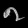
Digit: ၈